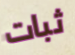
ثبات